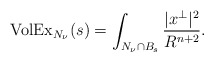
\begin{align*}{\rm VolEx}_{N_{\nu}}(s) = \int_{N_{\nu}\cap B_{s}} \frac{|x^{\perp}|^2}{R^{n+2}}.\end{align*}